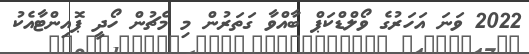
2022 ވަނަ އަހަރުގެ ވޯލްޑްކަޕް ބާއްވާ ގަތަރުން މި މެޗުން ހޯދީ ޕޮއިންޓާއެކު